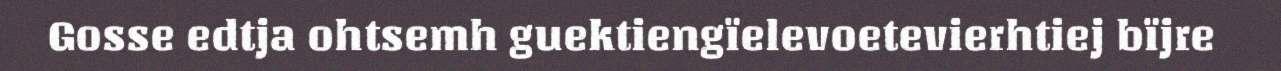
Gosse edtja ohtsemh guektiengïelevoetevierhtiej bïjre